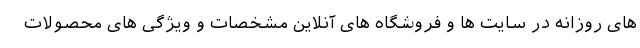
های روزانه در سایت ها و فروشگاه های آنلاین مشخصات و ویژگی های محصولات